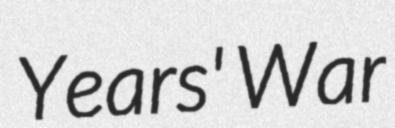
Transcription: Years' War